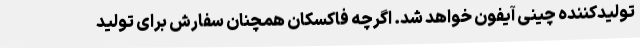
تولیدکننده چینی آیفون خواهد شد. اگرچه فاکسکان همچنان سفارش برای تولید